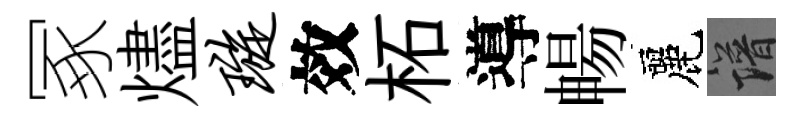
冢燼璇效柘導暢麗譜